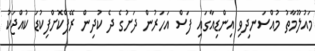
މައުލޫމާތު މުއްސަނދިވި އިންޑިއާގައި ފަސް އަހަރުން ދަށުގެ ދެ ކުދިން ރޭޕްކޮށްފިކުޑަ ކުއްޖަކު